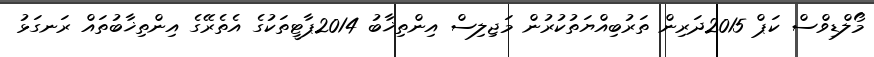
މޯލްޑިވްސް ކަޕް 2015ދަރިން ތަރުބިއްޔަތުކުރުން މަޖިލިސް އިންތިޚާބު 2014ޕާޓީތަކުގެ އެތެރޭގެ އިންތިޚާބުތައް ރަނގަޅު